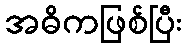
အဓိကဖြစ်ပြီး